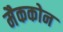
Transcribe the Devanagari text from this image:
मैककोन